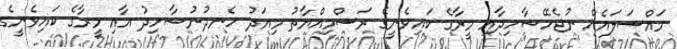
މައްސަލައެއް ނުޖެހޭޝާހިދާއި މީރާގެ ކައިވެނީގެ ރަސްމިއްޔާތު މިއަދު ހެނދުނުޝާހިދު އާއި މީރާގެ ކައިވެނީގެ